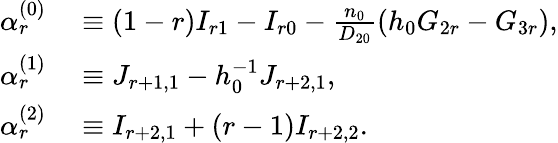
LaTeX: \begin{array}{rl}{\alpha_{r}^{(0)}}&{{}\equiv(1-r)I_{r1}-I_{r0}-\frac{n_{0}}{D_{20}}\left(h_{0}G_{2r}-G_{3r}\right),}\\ {\alpha_{r}^{(1)}}&{{}\equiv J_{r+1,1}-h_{0}^{-1}J_{r+2,1},}\\ {\alpha_{r}^{(2)}}&{{}\equiv I_{r+2,1}+(r-1)I_{r+2,2}.}\end{array}